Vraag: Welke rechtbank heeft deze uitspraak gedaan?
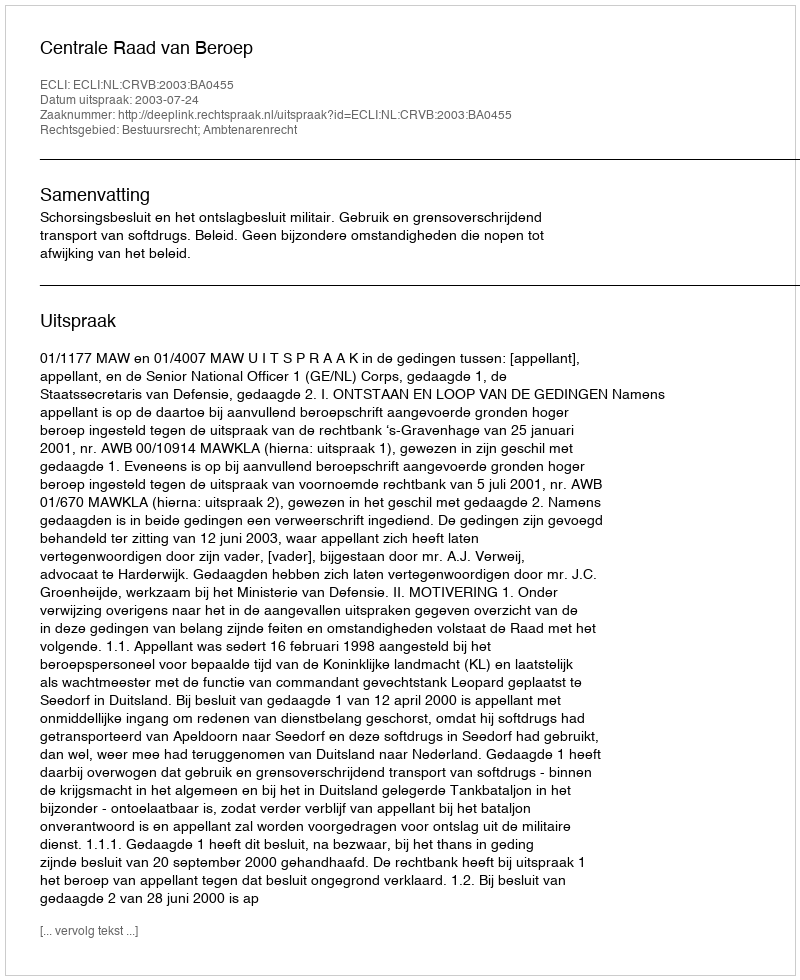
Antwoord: Centrale Raad van Beroep